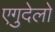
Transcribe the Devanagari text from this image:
एगुदेलो